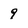
Character: 9